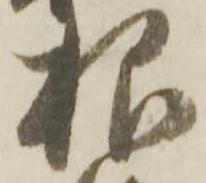
根